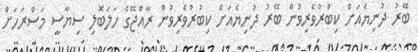
ބޭރު ދުނިޔެއަށް ކިބުރުވެރިވުން ބޭރު ދުނިޔެއަށް ކިބުރުވެރިވުން ރާއްޖޭގެ ހަލަބޮލި ސިޔާސީ މަސްރަހަށް